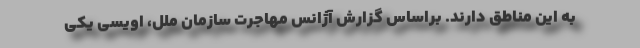
به این‌ مناطق دارند. براساس گزارش آژانس مهاجرت سازمان ملل، اویسی یکی